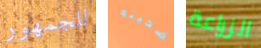
للجمهور ضحيته الزراعة